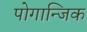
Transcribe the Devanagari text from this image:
पोगान्जिक